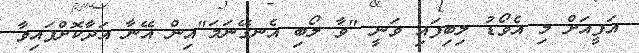
އަފީއަށް މި އެވޯޑު ލިބިފައި ވަނީ "ވާ ލޯބި އެނގޭނަމަ"އިން އޭނާ އަދާކޮށްފައިވާ